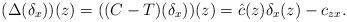
LaTeX: \begin{gather*}(\Delta(\delta_x))(z)=((C-T)(\delta_x))(z)=\hat c(z)\delta_x(z)-c_{zx}.\end{gather*}